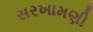
સરખામણી